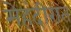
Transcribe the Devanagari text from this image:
मेहंदीरात